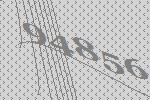
94856